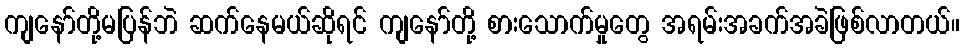
ကျနော်တို့မပြန်ဘဲ ဆက်နေမယ်ဆိုရင် ကျနော်တို့ စားသောက်မှုတွေ အရမ်းအခက်အခဲဖြစ်လာတယ်။